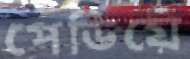
পেডিয়ে